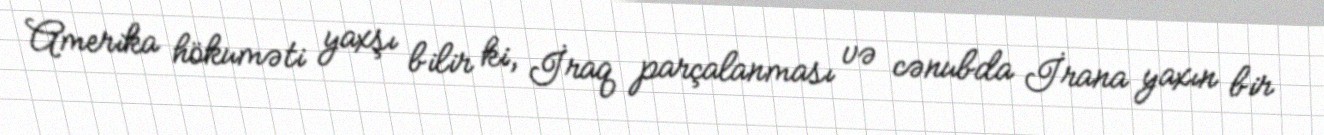
Amerika hökuməti yaxşı bilir ki, İraq parçalanması və cənubda İrana yaxın bir